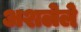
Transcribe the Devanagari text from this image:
अशलेले